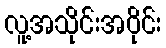
လူ့အသိုင်းအဝိုင်း